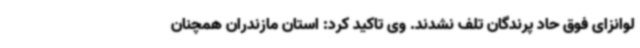
لوانزای فوق حاد پرندگان تلف نشدند. وی تاکید کرد: استان مازندران همچنان